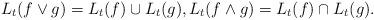
LaTeX: \begin{align*}L_t(f\vee g)=L_t(f)\cup L_t(g),L_t(f\wedge g)=L_t(f)\cap L_t(g).\end{align*}